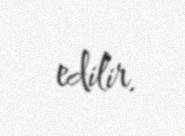
edilir.